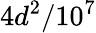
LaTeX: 4d^{2}/10^{7}